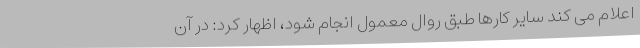
اعلام می کند سایر کارها طبق روال معمول انجام شود، اظهار کرد: در آن